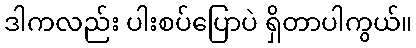
ဒါကလည်း ပါးစပ်ပြောပဲ ရှိတာပါကွယ်။